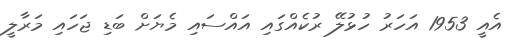
އެއީ 1953 އަހަރު ހުޅުލޭ ރުކެއްގައި އައްސައި މެޔަށް ބަޑި ޖަހައި މަރާލީ